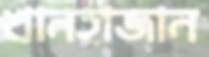
খানহাজান